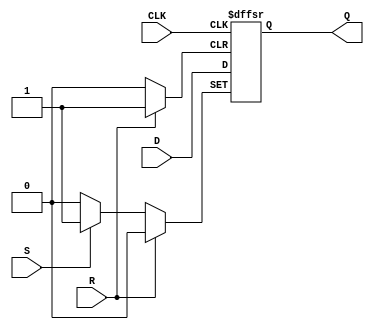
module D_FF(
    input D, CLK, R, S,
    output reg Q
);

always @(posedge CLK, posedge R, posedge S) begin
    if (R) begin
        Q <= 1'b0;
    end else if (S) begin
        Q <= 1'b1;
    end else begin
        Q <= D;
    end
end

endmodule